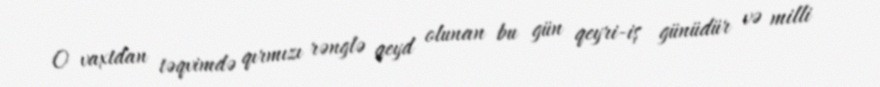
O vaxtdan təqvimdə qırmızı rənglə qeyd olunan bu gün qeyri-iş günüdür və milli